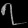
Digit: ၇